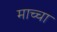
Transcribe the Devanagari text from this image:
माच्चा